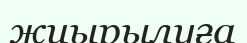
жиырылуға